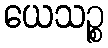
ယေသဉ္စ